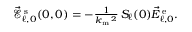
\begin{array} { r } { \vec { \mathcal { E } } _ { \ell , 0 } ^ { \mathrm { \, s } } ( 0 , 0 ) = - \frac { 1 } { k _ { \mathrm { m } } \, \! \! \, \! \, \, \! \, \, \! \! \, \! \, \, \! \! \, \! \! \, \! \, \, \! \! \, \! \! \, \! \, \, \! \, \, \! \! \, \! \, \, \! \! \, \! \! \, \! \, \, \! \, \, \! \! \, \! \, \, \! \, \, \! \! \, \! \, \, \! \! \, \! \! \, \! \, \, \! \, \, \! \! \, \! \, \, \! \, \, \! \! ^ { 2 } } \, S _ { \ell } ( 0 ) \vec { E } _ { \ell , 0 } ^ { \mathrm { \, e } } . } \end{array}